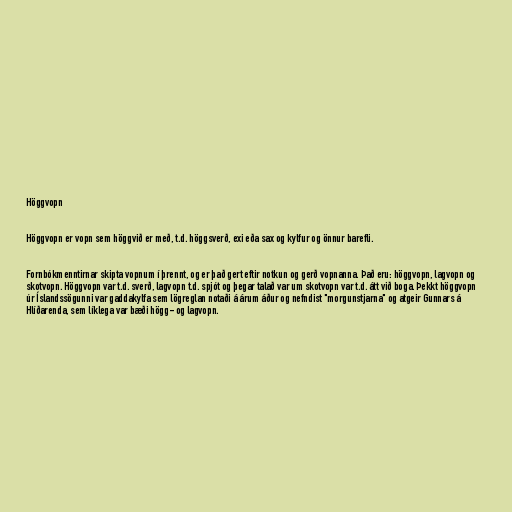
Höggvopn

Höggvopn er vopn sem höggvið er með, t.d. höggsverð, exi eða sax og kylfur og önnur barefli.

Fornbókmenntirnar skipta vopnum í þrennt, og er það gert eftir notkun og gerð vopnanna. Það eru: höggvopn, lagvopn og
skotvopn. Höggvopn var t.d. sverð, lagvopn t.d. spjót og þegar talað var um skotvopn var t.d. átt við boga. Þekkt höggvopn
úr Íslandssögunni var gaddakylfa sem lögreglan notaði á árum áður og nefndist "morgunstjarna" og atgeir Gunnars á
Hlíðarenda, sem líklega var bæði högg- og lagvopn.